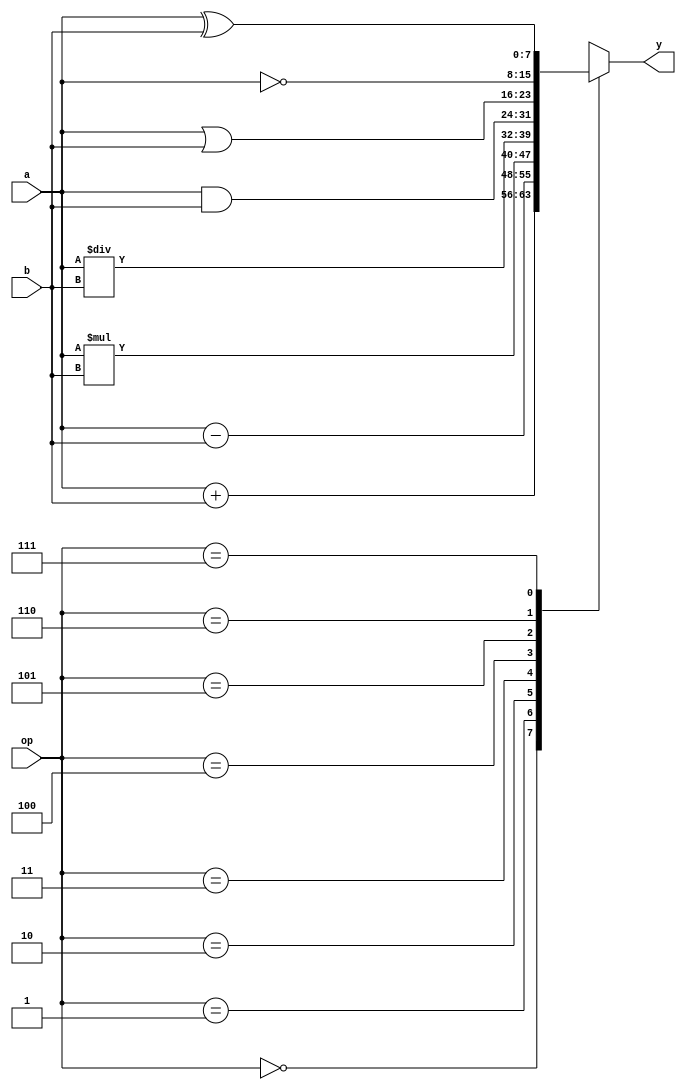
//  a, b  op  y 
module alu(input [7:0] a, input [7:0] b, input [2:0] op, output reg [7:0] y);
always@(a or b or op) begin //  a, b  op 
  case(op)                  //  op 
    3'b000: y = a + b;      // op=000, 
    3'b001: y = a - b;      // op=000, 
    3'b010: y = a * b;      // op=000, 
    3'b011: y = a / b;      // op=000, 
    3'b100: y = a & b;      // op=000,  AND
    3'b101: y = a | b;      // op=000,  OR
    3'b110: y = ~a;         // op=000,  NOT
    3'b111: y = a ^ b;      // op=000,  XOR
  endcase
  $display("base 10 : %dns : op=%d a=%d b=%d y=%d", $stime, op, a, b, y); //  op, a, b, y  10 
  $display("base  2 : %dns : op=%b a=%b b=%b y=%b", $stime, op, a, b, y); //  op, a, b, y   2 
end
endmodule

module main;                // 
 reg  [7:0] a, b;           //  a, b  8 
 wire  [7:0] y;             //  y  8 
 reg  [2:0] op;             //  op  3 

 alu alu1(a, b, op, y);     //  alu  alu1

 initial begin              // 
  a = 8'h07;                //  a  7
  b = 8'h03;                //  b  3
  op = 3'b000;              //  op  000
  $dumpfile("alu.vcd");
  $dumpvars;
 end

 always #50 begin           //  50 
   op = op + 1;             //  op  1
 end

initial #1000 $finish;      //  1000 

endmodule